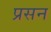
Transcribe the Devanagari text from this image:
प्रसन